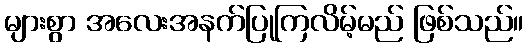
များစွာ အလေးအနက်ပြုကြလိမ့်မည် ဖြစ်သည်။